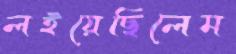
লইয়েছিলেম